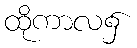
ထိုကာလ၌